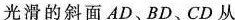
光滑的斜面AD、BD、CD从